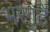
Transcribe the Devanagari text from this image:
भरगुडे